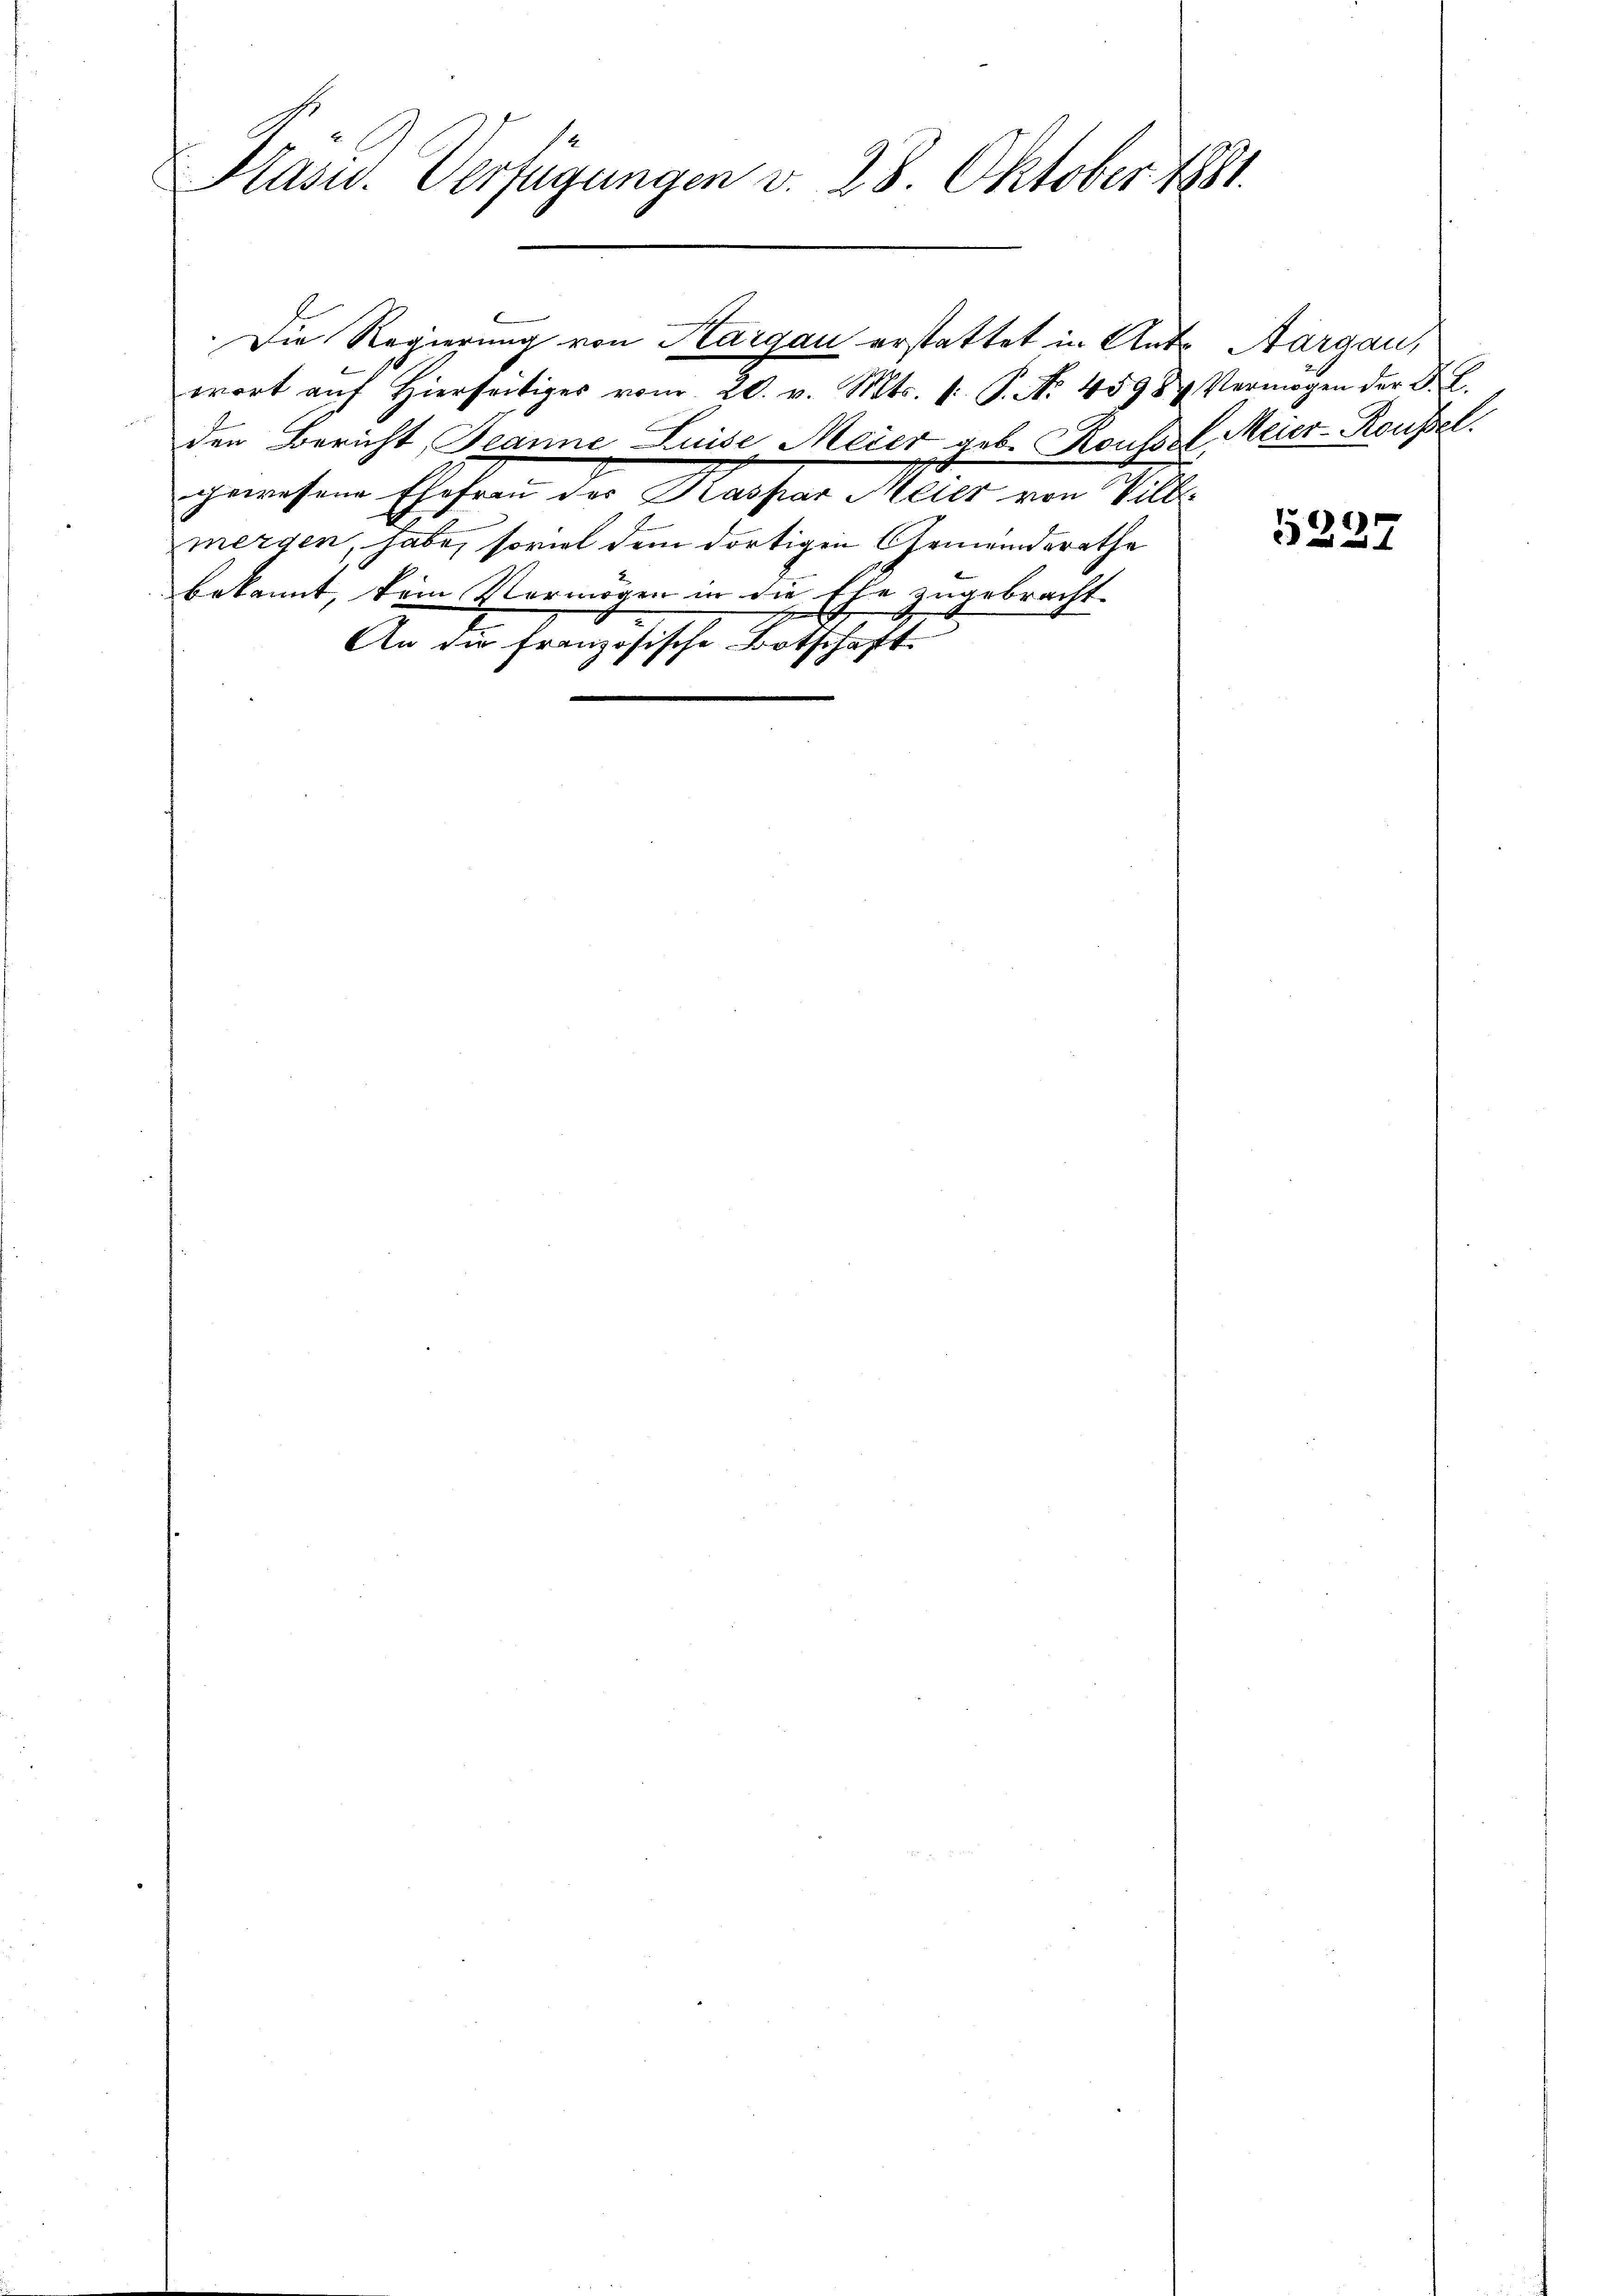
Präsid. Verfügungen v. 28. Oktober 1881

wort aŭf hierseitiges vom 20. v. Mts. 1. P. No. 45984 Vermögen der F. L.
den Bericht, Jeanne Luise Meier geb. Roussel Meier-Roussel.
gewesene Ehefrau der Kaspar Meier von Vill
E
mergen, habe, soviel dem dortigen Gemeindsrathe
bekannt, kein Vermögen in die Ehe zugebracht.
7
An die französische Botschaft

Die Regierung von Kargau erstattet in Ant. Aargau,

5237